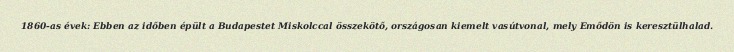
1860-as évek: Ebben az időben épült a Budapestet Miskolccal összekötő, országosan kiemelt vasútvonal, mely Emődön is keresztülhalad.